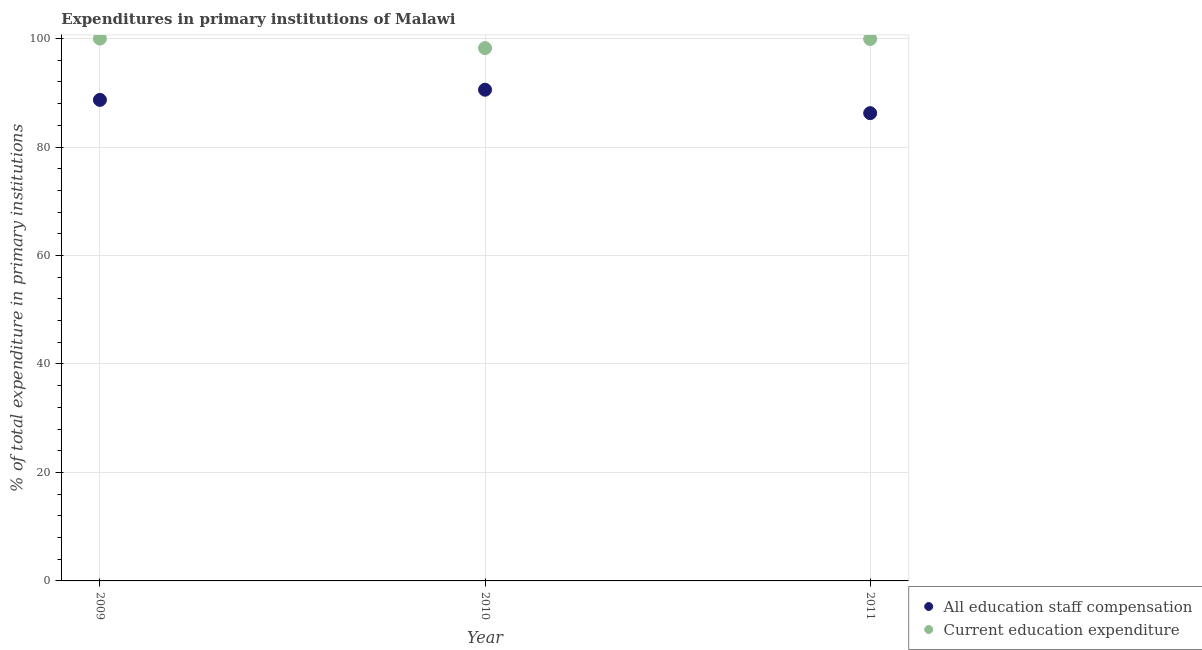
| Year | All education staff compensation | Current education expenditure |
 | --- | --- | --- |
 | 2009 | 88.7 | 100 |
 | 2010 | 90.6 | 98.2 |
 | 2011 | 86.3 | 99.9 |